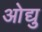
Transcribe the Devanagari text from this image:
ओद्यु